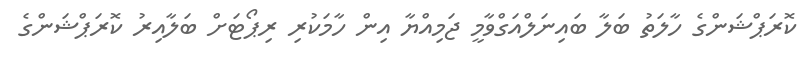
ކޮރަޕްޝަންގެ ހާލަތު ބަލާ ބައިނަލްއަގްވާމީ ޖަމިއްޔާ އިން ހާމަކުރި ރިޕޯޓަށް ބަލާއިރު ކޮރަޕްޝަންގެ